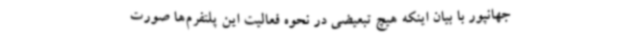
جهانپور با بیان اینکه هیچ تبعیضی در نحوه فعالیت این پلتفرم‌ها صورت